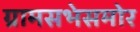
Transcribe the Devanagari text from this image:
ग्रामसभेसमोर